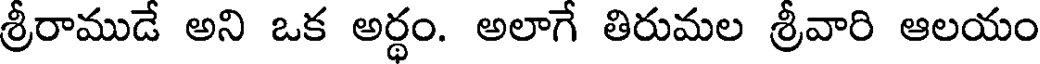
శ్రీరాముడే అని ఒక అర్థం. అలాగే తిరుమల శ్రీవారి ఆలయం